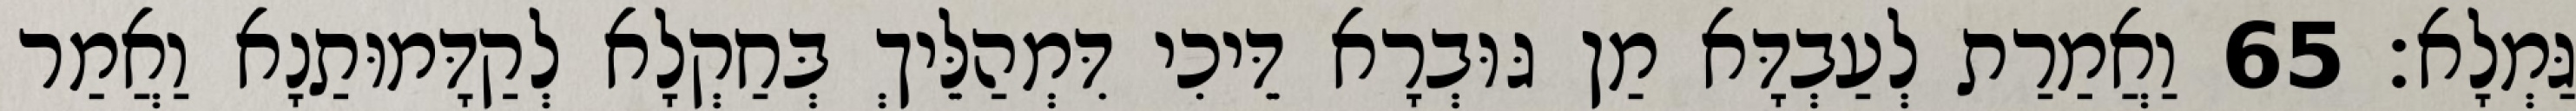
גַּמְלָא׃ 65 וַאֲמַרַת לְעַבְדָּא מַן גּוּבְרָא דֵּיכִי דִּמְהַלֵּיךְ בְּחַקְלָא לְקַדָּמוּתַנָא וַאֲמַר